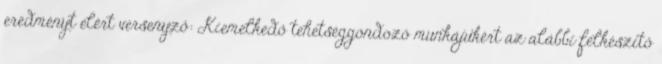
eredményt elért versenyző: Kiemelkedő tehetséggondozó munkájukért az alábbi felkészítő